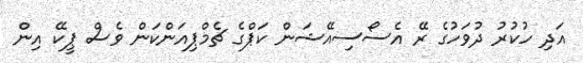
އަދި ހުކުރު ދުވަހުގެ ރޭ އެސޯސިއޭޝަން ކަޕްގެ ޗެމްޕިއަންކަން ވެސް ޕީކޭ އިން